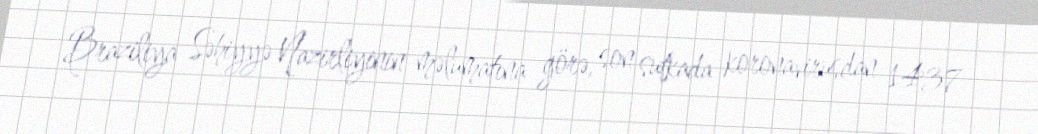
Braziliya Səhiyyə Nazirliyinin məlumatına görə, son sutkada koronavirusdan 1437